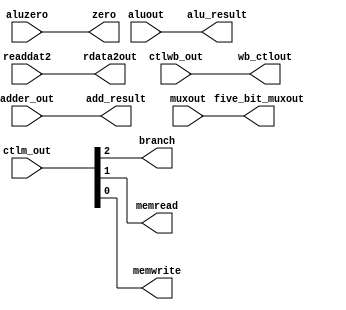
`timescale 1ns / 1ps

module ex_mem(
	input wire [1:0]	ctlwb_out,
	input wire [2:0]	ctlm_out,
	input wire [31:0] 	adder_out,
	input wire	 		aluzero,
	input wire [31:0]	aluout, readdat2,
	input wire [4:0]	muxout,
	output reg [1:0]	wb_ctlout,
	output reg 			branch, memread, memwrite, 
	output reg [31:0]   add_result,
	output reg 			zero,
	output reg [31:0]   alu_result, rdata2out,
	output reg [4:0]	five_bit_muxout);

initial begin
	wb_ctlout <= 0; 
	branch <= 0; memread <= 0; memwrite <= 0;
	add_result <= 0;
	zero <= 0;
	alu_result <= 0; rdata2out <= 0;
	five_bit_muxout <= 0;
end

always@* begin
#1 //Update Delay
	wb_ctlout <= ctlwb_out;
	branch <= ctlm_out[2];    
	memread <= ctlm_out[1];       
	memwrite <= ctlm_out[0];     
	add_result <= adder_out;   
	zero <= aluzero;
	alu_result <= aluout;
	rdata2out <= readdat2;
	five_bit_muxout <= muxout;
end
endmodule